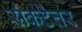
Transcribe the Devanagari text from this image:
संकटेत्तर